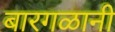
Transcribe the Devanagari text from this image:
बारगळानी